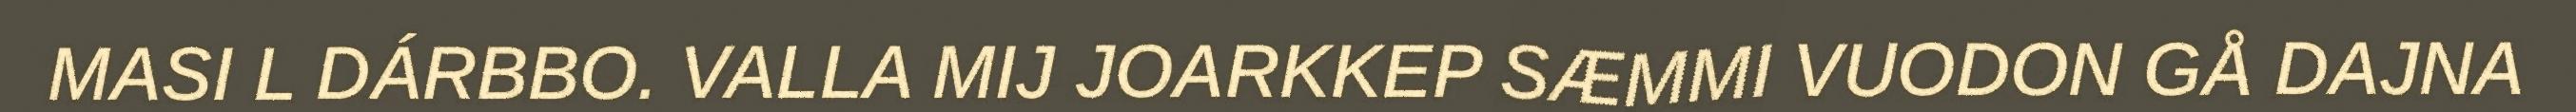
MASI L DÁRBBO. VALLA MIJ JOARKKEP SÆMMI VUODON GÅ DAJNA